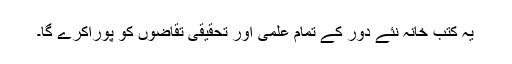
یہ کتب خانہ نئے دور کے تمام علمی اور تحقیقی تقاضوں کو پوراکرے گا۔